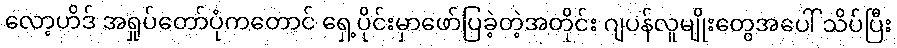
လော့ဟိဒ် အရှုပ်တော်ပုံကတောင် ရှေ့ပိုင်းမှာဖော်ပြခဲ့တဲ့အတိုင်း ဂျပန်လူမျိုးတွေအပေါ် သိပ်ပြီး